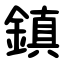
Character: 鎮